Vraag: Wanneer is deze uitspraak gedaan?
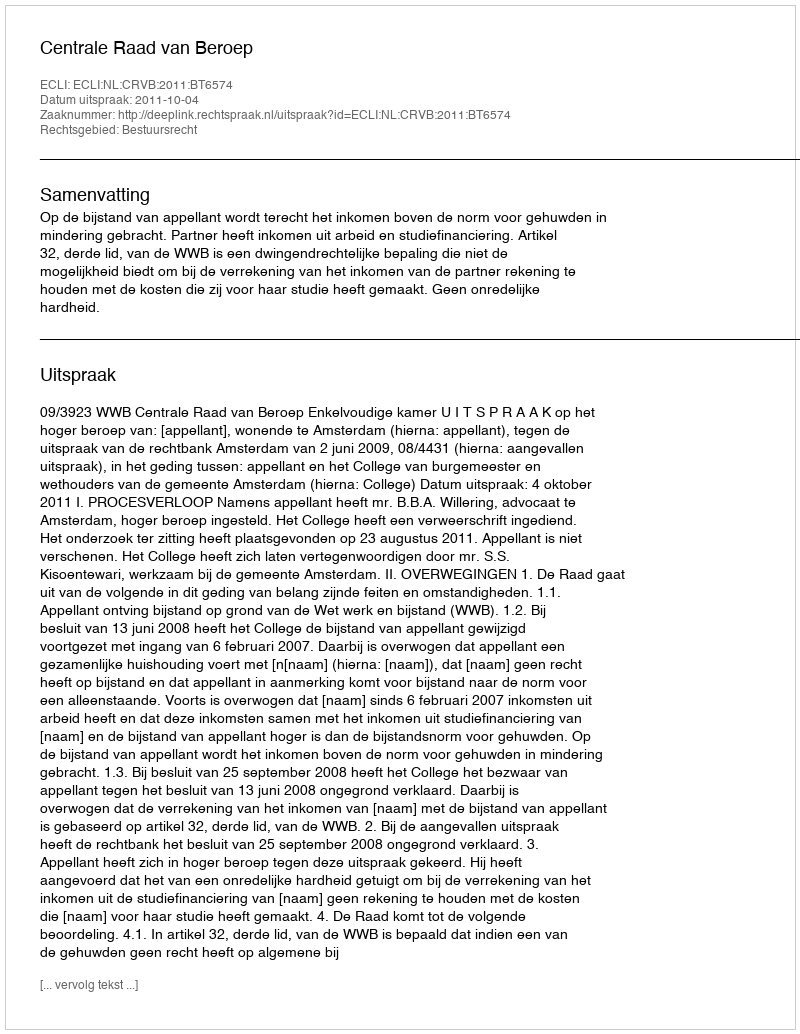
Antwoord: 2011-10-04